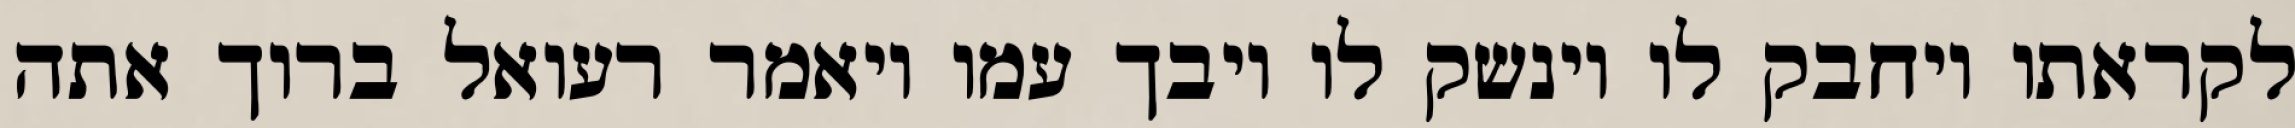
לקראתו ויחבק לו וינשק לו ויבך עמו ויאמר רעואל ברוך אתה